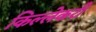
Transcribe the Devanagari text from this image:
किल्लेकरी